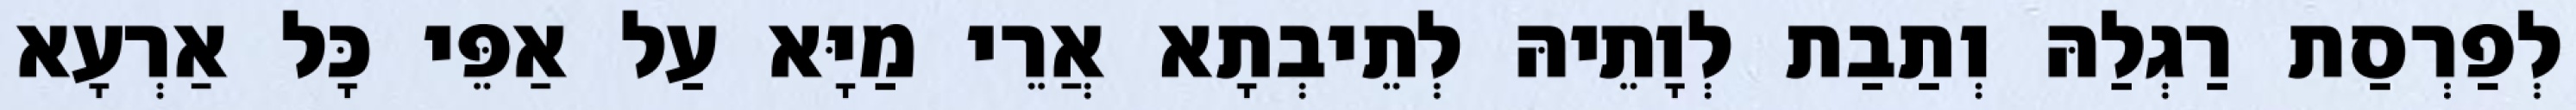
לְפַרְסַת רַגְלַהּ וְתַבַת לְוָתֵיהּ לְתֵיבְתָא אֲרֵי מַיָּא עַל אַפֵּי כָּל אַרְעָא